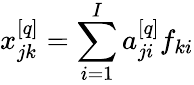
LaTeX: x_{jk}^{[q]}=\sum_{i=1}^{I}a_{ji}^{[q]}f_{ki}